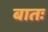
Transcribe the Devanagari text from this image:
बातः